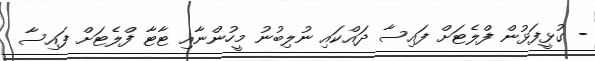
- ގުޅީފަޅުން ފްލެޓަށް ފައިސާ ދައްކައި ނުލިބުނު މީހުންނާއި ޓާޓާ ފްލެޓަށް ފައިސާ